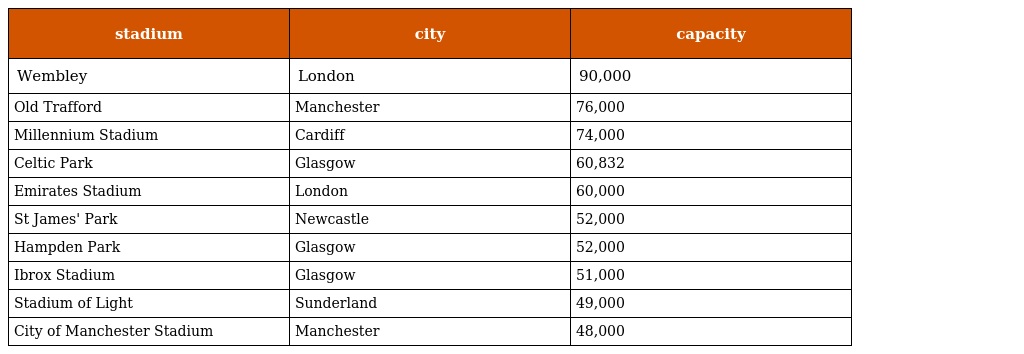
| stadium | city | capacity |
 | --- | --- | --- |
 | Wembley | London | 90,000 |
 | Old Trafford | Manchester | 76,000 |
 | Millennium Stadium | Cardiff | 74,000 |
 | Celtic Park | Glasgow | 60,832 |
 | Emirates Stadium | London | 60,000 |
 | St James' Park | Newcastle | 52,000 |
 | Hampden Park | Glasgow | 52,000 |
 | Ibrox Stadium | Glasgow | 51,000 |
 | Stadium of Light | Sunderland | 49,000 |
 | City of Manchester Stadium | Manchester | 48,000 |